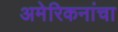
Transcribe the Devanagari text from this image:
अमेरिकनांचा